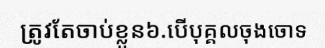
ត្រូវតែចាប់ខ្លួន៦.បើបុគ្គលចុងចោទ